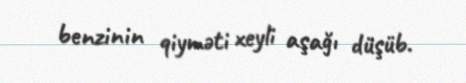
benzinin qiyməti xeyli aşağı düşüb.